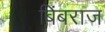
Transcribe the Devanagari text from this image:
बिंबराज